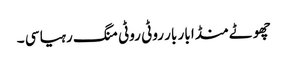
چھوٹے منڈا بار بار روٹی روٹی منگ رہیا سی ۔